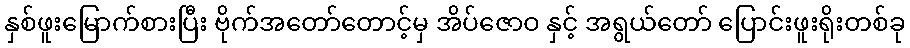
နှစ်ဖူးမြောက်စားပြီး ဗိုက်အတော်တောင့်မှ အိပ်ဇောဝ နှင့် အရွယ်တော် ပြောင်းဖူးရိုးတစ်ခု